Report on vaccination North-West Frontier Province 1904-1922 - 1904-1922
Year: 1904
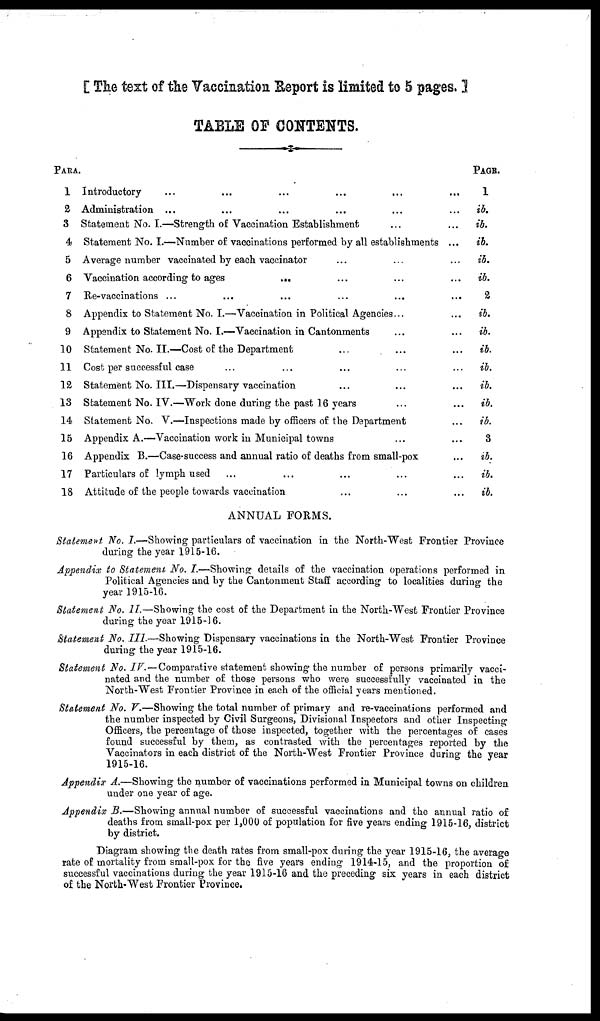
[ The text of the Vaccination Report is limited to 5 pages. ]
TABLE OF CONTENTS.
PARA
1
2
3
4
5
6
7
8
9
10
11
12
13
14
15
16
17
18
Introductory ... ... ... ... ... ...
Administration ... ... ... ... ... ...
Statement No. I.—Strength of Vaccination Establishment ... ...
Statement No. I.—Number of vaccinations performed by all establishments ...
Average number vaccinated by each vaccinator ... ... ...
Vaccination according to ages
... ... ... ...
Re-vaccinations ... ... ... ... ... ...
Appendix to Statement No. I.—Vaccination in Political Agencies... ...
Appendix to Statement No. I.—Vaccination in Cantonments ... ...
Statement No. II.—Cost of the Department ... ... ...
Cost per successful case ... ... ... ... ...
Statement No. III.—Dispensary vaccination ... ... ...
Statement No. IV.—Work done during the past 16 years
Statement No. V.—Inspections made by officers of the Department ...
Appendix A.—Vaccination work in Municipal towns ... ...
Appendix B.—Case-success and annual ratio of deaths from small-pox ...
Particulars of lymph used ... ... ... ... ...
Attitude of the people towards vaccination
PAGE.
1
ib.
ib.
ib.
ib.
ib.
2
ib.
ib.
ib.
ib.
ib.
ib.
ib.
3
ib.
ib.
ib.
ANNUAL FORMS.
Statement No. I.—Showing particulars of vaccination in the North-West Frontier Province
during the year 1915-16.
Appendix to Statement. No. I.—Showing details of the vaccination operations performed in
Political Agencies and by the Cantonment Staff according to localities during the
year 1915-16.
Statement No. II.—Showing the cost of the Department in the North-West Frontier Province
during the year 1915-16.
Statement No. III.—Showing Dispensary vaccinations in the North-West Frontier Province
during the year 1915-16.
Statement No. IV. — Comparative statement showing the number of persons primarily vacci-
nated and the number of those persons who were successfully vaccinated in the
North-West Frontier Province in each of the official years mentioned.
Statement No. V.—Showing the total number of primary and re-vaccinations performed and
the number inspected by Civil Surgeons, Divisional Inspectors and other Inspecting
Officers, the percentage of those inspected, together with the percentages of cases
found successful by them, as contrasted with the percentages reported by the
Vaccinators in each district of the North-West Frontier Province during the year
1915-16.
Appendix A.—Showing the number of vaccinations performed in Municipal towns on children
under one year of age.
Appendix B.—Showing annual number of successful vaccinations and the annual ratio of
deaths from small-pox per 1,000 of population for five years ending 1915-16, district
by district.
Diagram showing the death rates from small-pox during the year 1915-16, the average
rate of mortality from small-pox for the five years ending 1914-15, and the proportion of
successful vaccinations during the year 1915-16 and the preceding six years in each district
of the North-West Frontier Province.